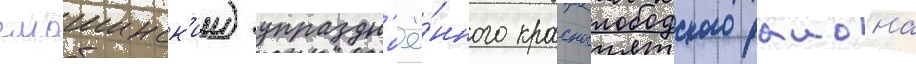
смошинск'ии) упраздн'ё́нного краснослободского раиона